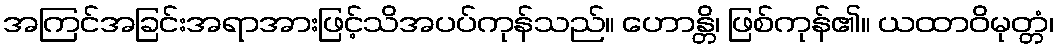
အကြင်အခြင်းအရာအားဖြင့်သိအပပ်ကုန်သည်။ ဟောန္တိ၊ ဖြစ်ကုန်၏။ ယထာဝိမုတ္တံ၊